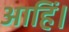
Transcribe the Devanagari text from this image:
आहिं।